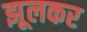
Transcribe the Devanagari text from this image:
झूलकर